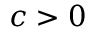
c > 0